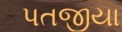
પતજીયા